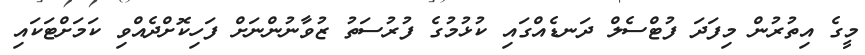
މީގެ އިތުރުން މިފަދަ ފުޓްސެލް ދަނޑެއްގައި ކުޅުމުގެ ފުރުސަތު ޒުވާނުންނަށް ފަހިކޮށްދެއްވި ކަމަށްޓަކައި